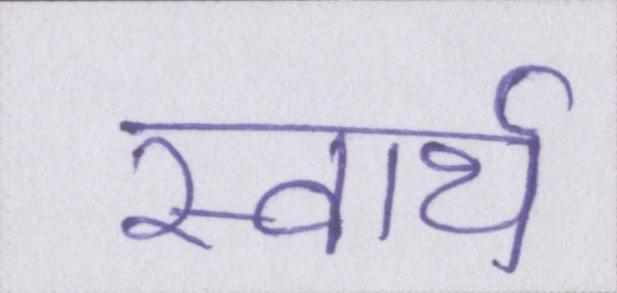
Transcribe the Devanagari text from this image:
स्वार्थ